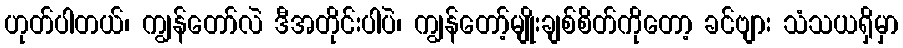
ဟုတ်ပါတယ်၊ ကျွန်တော်လဲ ဒီအတိုင်းပါပဲ၊ ကျွန်တော့်မျိုးချစ်စိတ်ကိုတော့ ခင်ဗျား သံသယရှိမှာ